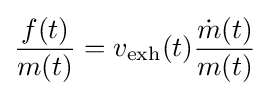
{\frac {f(t)}{m(t)}}=v_{\text{exh}}(t){\frac {{\dot {m}}(t)}{m(t)}}